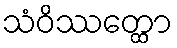
သံဝိဿတ္ထော